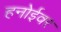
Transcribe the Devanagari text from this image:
हनोईवर